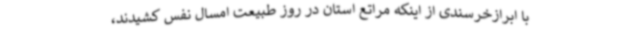
با ابرازخرسندی از اینکه مراتع استان در روز طبیعت امسال نفس کشیدند،